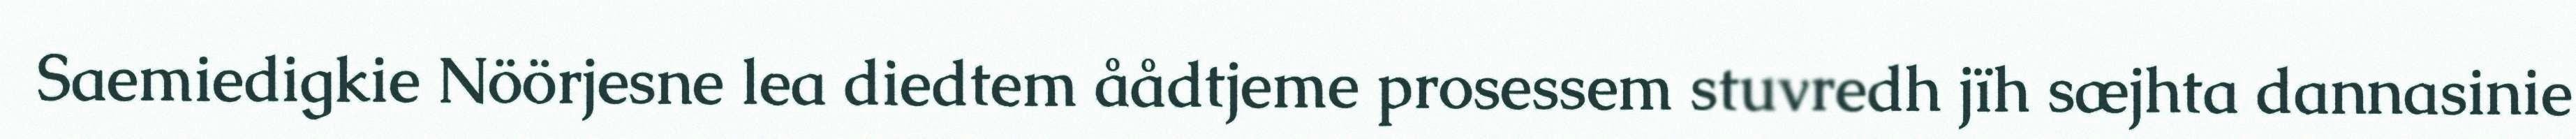
Saemiedigkie Nöörjesne lea diedtem åådtjeme prosessem stuvredh jïh sæjhta dannasinie